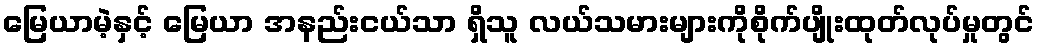
မြေယာမဲ့နှင့် မြေယာ အနည်းငယ်သာ ရှိသူ လယ်သမားများကိုစိုက်ပျိုးထုတ်လုပ်မှုတွင်